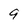
Character: 9